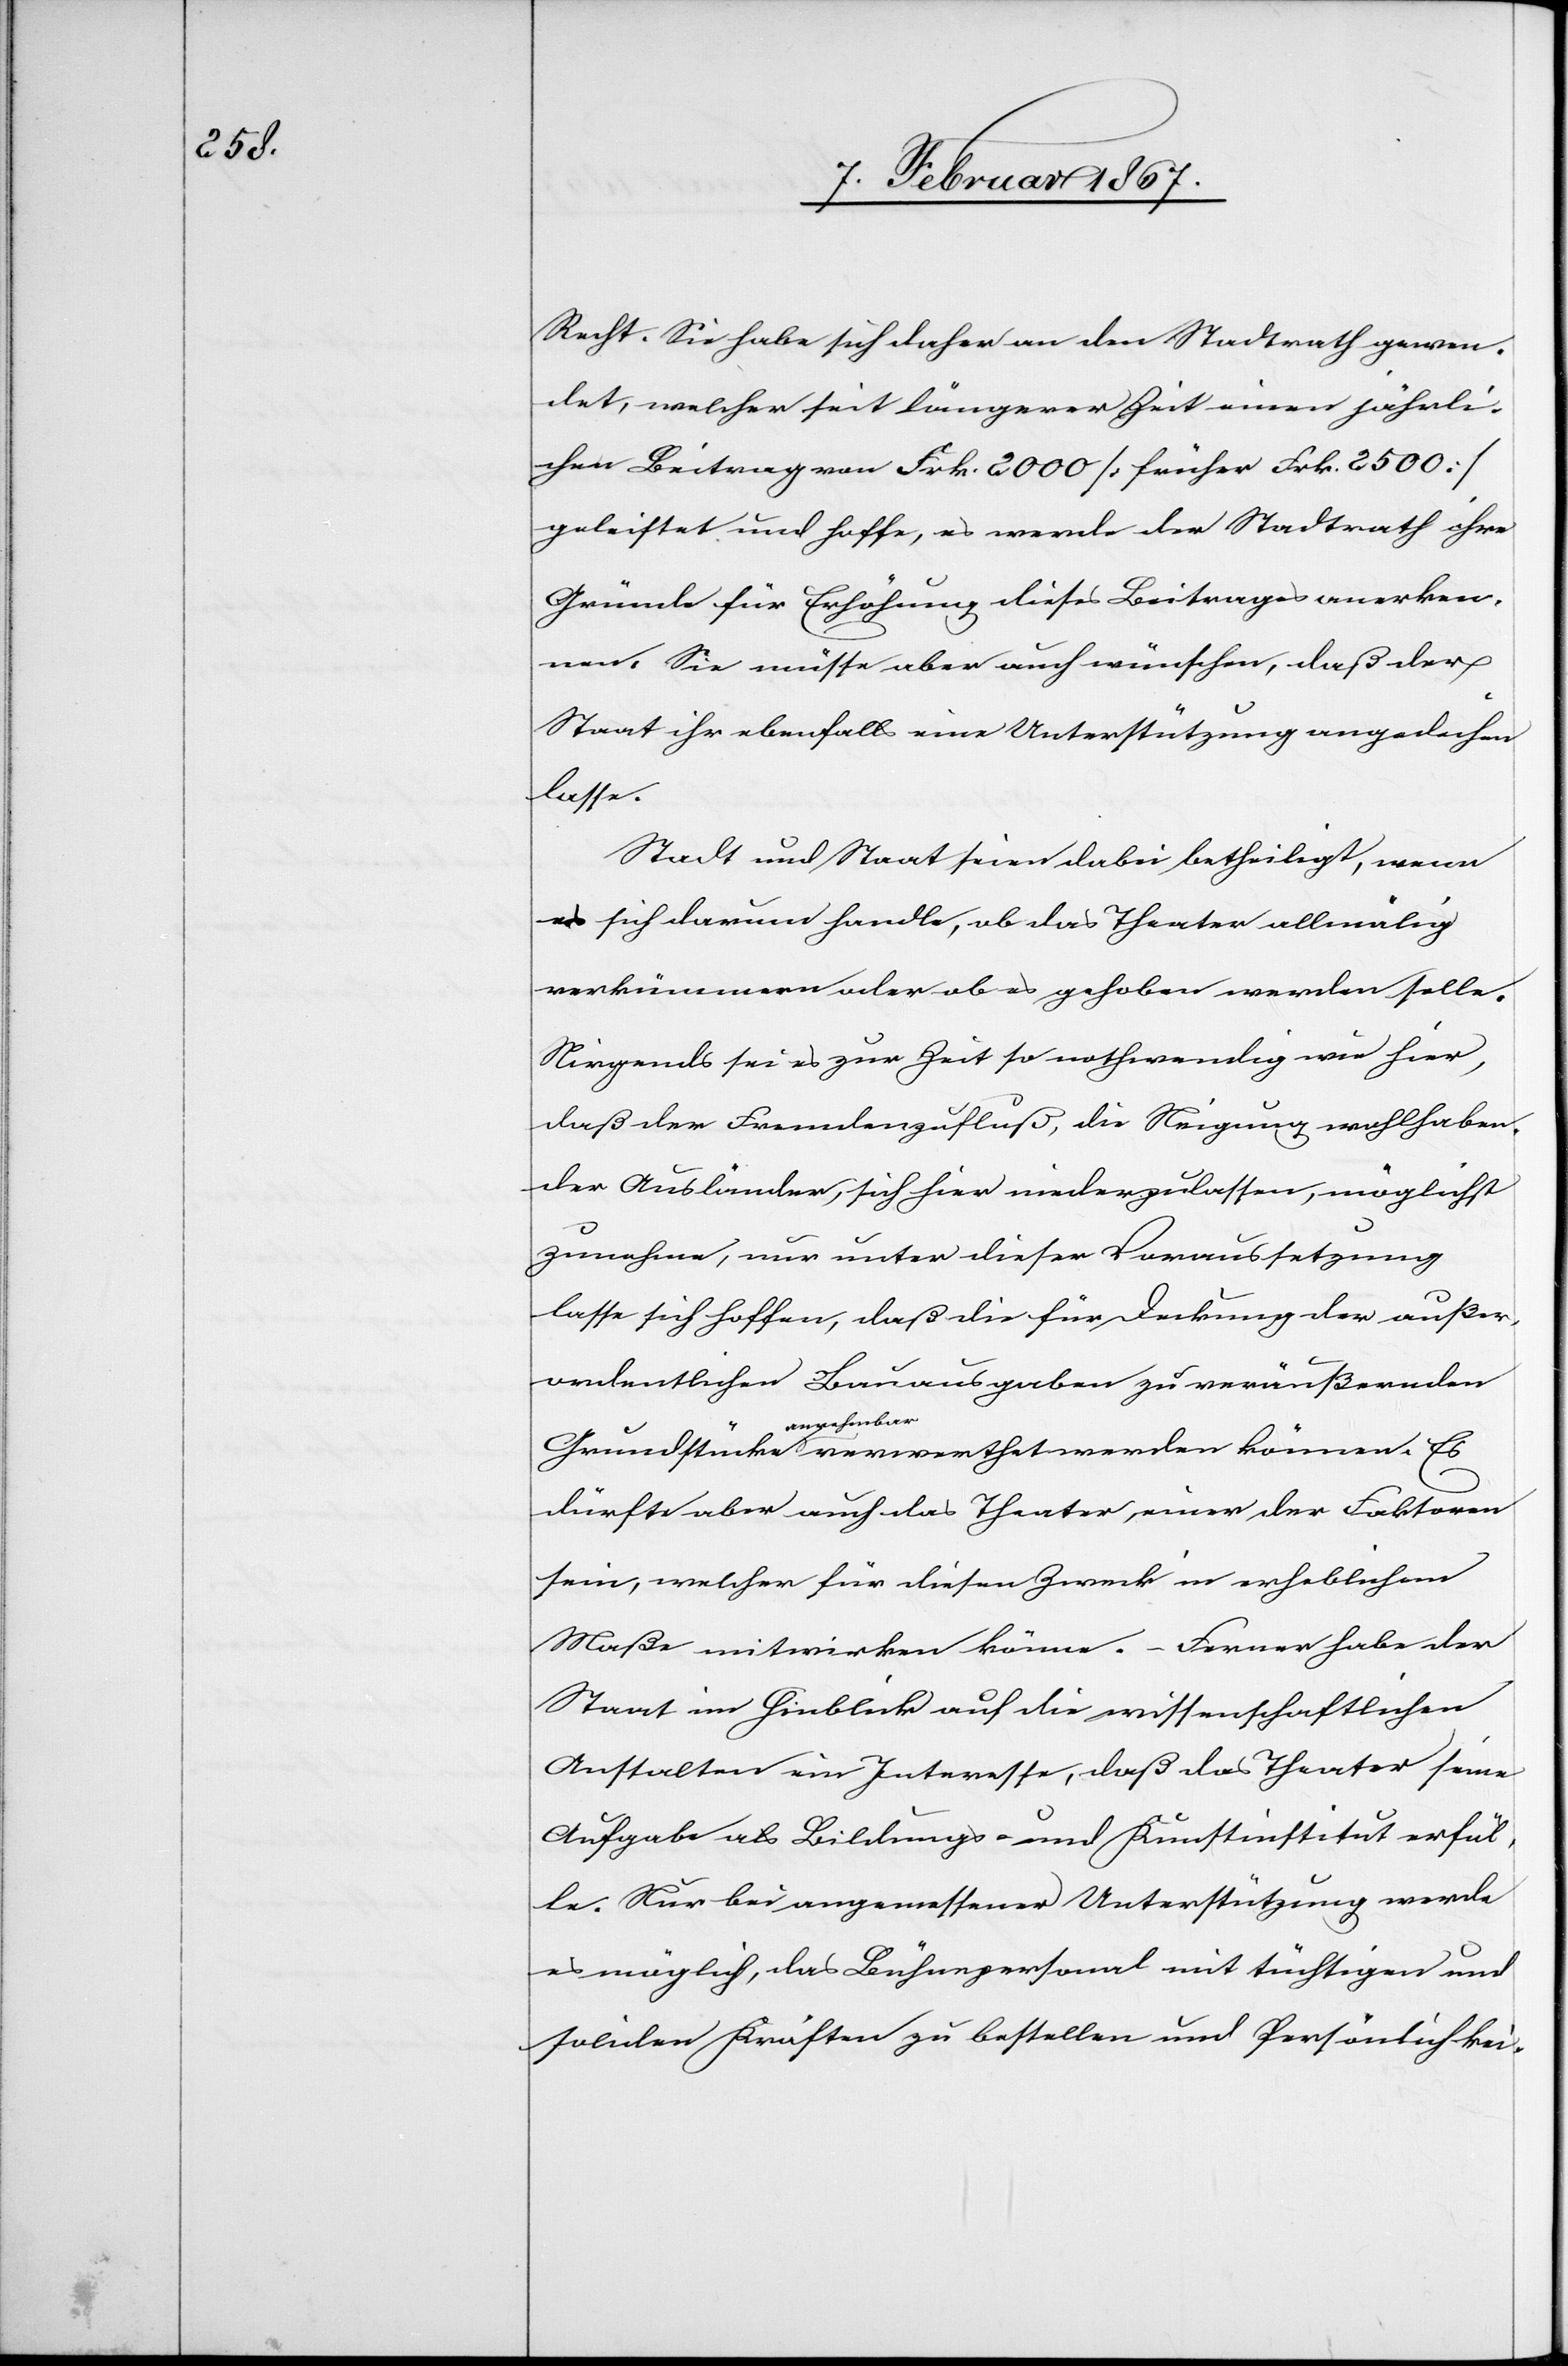
Recht. Sie habe sich daher an den Stadtrath gewen¬
det, welcher seit längerer Zeit einen jährli¬
chen Beitrag von Frk. 2000 (früher Frk. 2500)
geleistet und hoffe, es werde der Stadtrath ihre
Gründe für Erhöhung dieses Beitrages anerken¬
nen. Sie müsse aber auch wünschen, daß der
Staat ihr ebenfalls eine Unterstützung angediehen
lasse.
Stadt und Staat seien dabei betheiligt, wenn
es sich darum handle, ob das Theater allmälig
verkümmern oder ob es gehoben werden solle.
Nirgends sei es zur Zeit so nothwendig wie hier,
daß der Fremdenzufluß, die Neigung wohlhaben¬
der Ausländer, sich hier niederzulassen, möglichst
zunehme, nur unter dieser Voraussetzung
lasse sich hoffen, daß die für Deckung der außer¬
ordentlichen Bauausgaben zu veräußernden
annehmbar
dürfte aber auch das Theater, einer der Faktoren
sein, welcher für diesen Zweck in erheblichem
Maße mitwirken könne. – Ferner habe der
Staat im Hinblick auf die wissenschaftlichen
Anstalten ein Interesse, daß das Theater seine
Aufgabe als Bildungs- und Kunstinstitut erfül¬
le. Nur bei angemessener Unterstützung werde
es möglich, das Bühnenpersonal mit tüchtigen und
soliden Kräften zu bestellen und Persönlichkei-